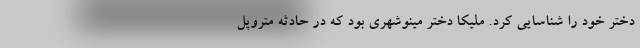
دختر خود را شناسایی کرد. ملیکا دختر مینوشهری بود که در حادثه متروپل